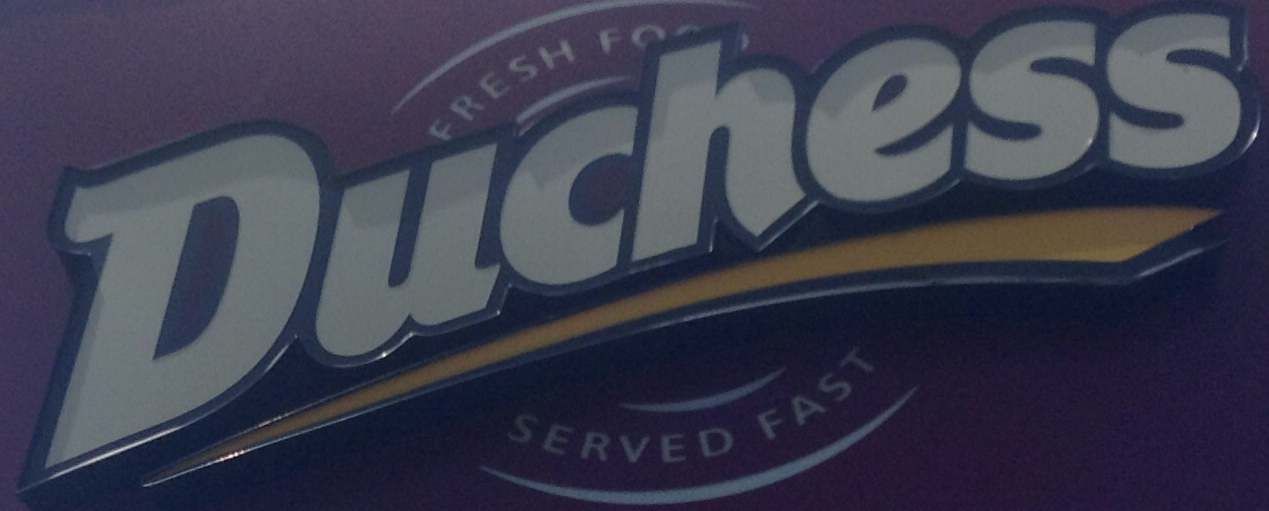
Duchess